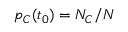
p _ { C } ( t _ { 0 } ) = N _ { C } / N